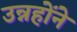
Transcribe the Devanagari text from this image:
उन्नहोंने